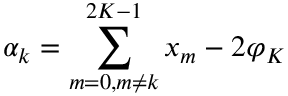
\alpha _ { k } = \sum _ { m = 0 , m \neq k } ^ { 2 K - 1 } x _ { m } - 2 \varphi _ { K }